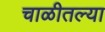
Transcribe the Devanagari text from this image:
चाळीतल्या